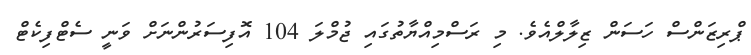
ޕްރިޒަންސް ހަސަން ޒިލާލްއެވެ. މި ރަސްމިއްޔާތުގައި ޖުމްލަ 104 އޮފިސަރުންނަށް ވަނީ ސެޓްފިކެޓް